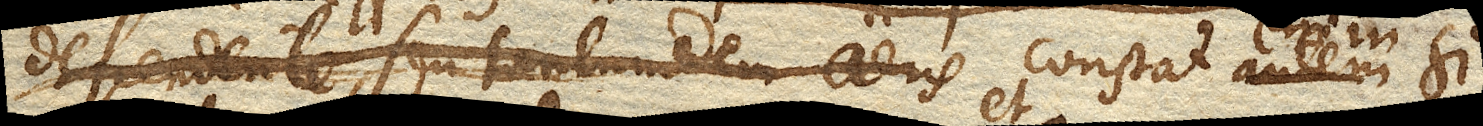
descendente, seu tantundem aeris constat si